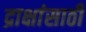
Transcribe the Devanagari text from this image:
द्राक्षांसाठी